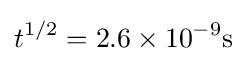
t^{1/2}=2.6\times 10^{-9}\mathrm {s}